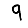
Digit: 9